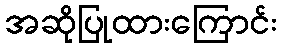
အဆိုပြုထားကြောင်း